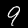
Digit: 9